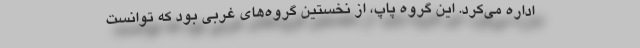
اداره می‌کرد. این گروه پاپ، از نخستین گروه‌های غربی بود که توانست